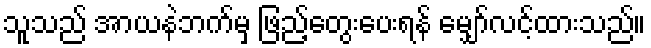
သူသည် အာယနဲဘက်မှ ဖြည့်တွေးပေးရန် မျှော်လင့်ထားသည်။